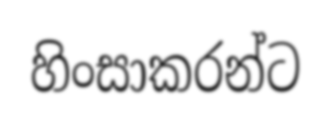
හිංසාකරන්ට